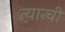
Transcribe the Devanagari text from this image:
त्यान्ची